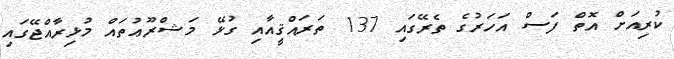
ކުރިއަށް އޮތް ފަސް އަހަރުގެ ތެރޭގައި 137 ތަރައްޤީއާއި ގުޅޭ މަޝްރޫޢުތައް މުޅިރާއްޖޭގައި